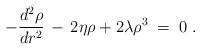
LaTeX: \begin{align*} -\frac{d^2 \rho}{d r^2}\,-\, 2 \eta \rho + 2 \lambda \rho^3\;=\;0\;.\end{align*}